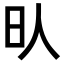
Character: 𣅁